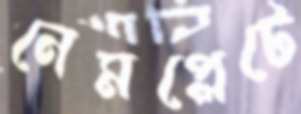
নেমপ্লেটে